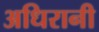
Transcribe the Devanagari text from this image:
अधिरानी